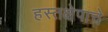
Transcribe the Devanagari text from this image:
हस्तक्षेपाचे